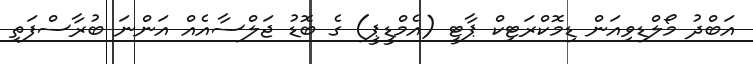
އަބްދު މޯލްޑިވިއަން ޑިމޮކްރަޓިކް ޕާޓީ (އެމްޑީޕީ) ގެ ބޮޑު ޖަލްސާއެއް އަންނަ ބުރާސްފަތި